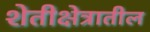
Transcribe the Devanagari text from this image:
शेतीक्षेत्रातील